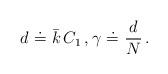
LaTeX: \begin{align*}d ~\dot= ~ \bar k\, C_1 \,, \gamma ~\dot =~ \frac{d}{N}\,.\end{align*}